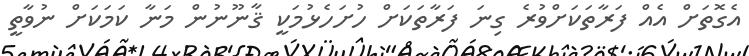
އެގޮތަށް އެއް ފަރާތަކަށްވުރެ ގިނަ ފަރާތަކަށް ހުށަހެޅުމަކީ ޤާނޫނުން މަނާ ކަމަކަށް ނުވާތީ